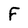
Character: F